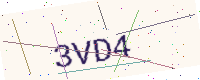
Text: 3VD4